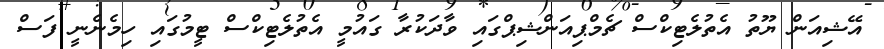
އޭޝިއަން ޔޫތު އެތުލެޓިކްސް ޗެމްޕިއަންޝިޕްގައި ވާދަކުރާ ގައުމީ އެތުލެޓިކްސް ޓީމުގައި ހިމެނެނީ ފަސް